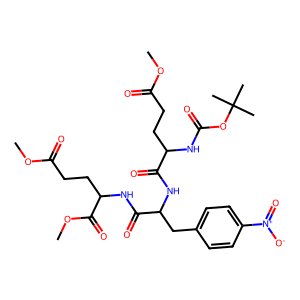
SMILES: COC(=O)CCC(NC(=O)OC(C)(C)C)C(=O)NC(Cc1ccc([N+](=O)[O-])cc1)C(=O)NC(CCC(=O)OC)C(=O)OC
Inhibits HIV replication: No